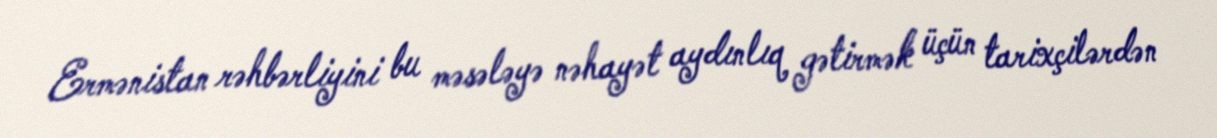
Ermənistan rəhbərliyini bu məsələyə nəhayət aydınlıq gətirmək üçün tarixçilərdən